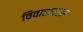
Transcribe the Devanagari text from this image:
विवाहावसर